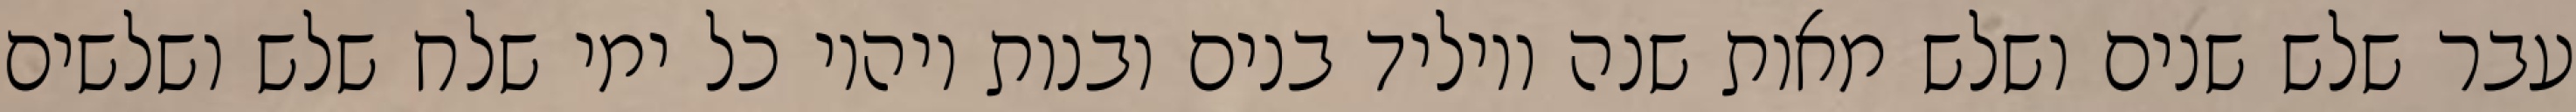
עבר שלש שנים ושלש מאות שנה ויוליד בנים ובנות ויהיו כל ימי שלח שלש ושלשים